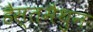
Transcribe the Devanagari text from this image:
हैस्तमैथुन